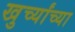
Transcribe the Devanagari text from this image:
खुर्च्यांच्या